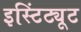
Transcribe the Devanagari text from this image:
इस्टिंट्यूट